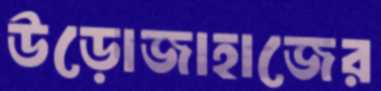
উড়োজাহাজের